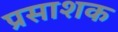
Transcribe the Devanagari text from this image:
प्रसाशक